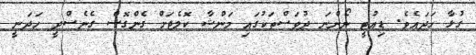
ގުޅާ ހަދައެވެ. ޑިއުޓީ ނޯންނަ ދުވަސްތަކުގައި މަންޝާ ކޮލެޖަށް ގެންގޮސް ގެނެސްދީ ހަދަނީ